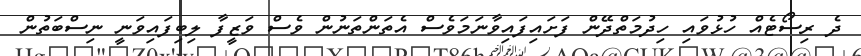
ދެ ރިސޯޓެއް ހުޅުވައި ހިދުމަތްދޭން ފަށައިފައިވާނަމަވެސް އެތަންތަނުން ވެސް ވަޒީފާ ލިބިފައިވަނީ ނިސްބަތުން